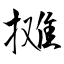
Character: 摊